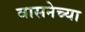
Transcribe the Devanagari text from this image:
वासनेच्या